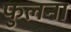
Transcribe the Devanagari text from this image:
फुलना